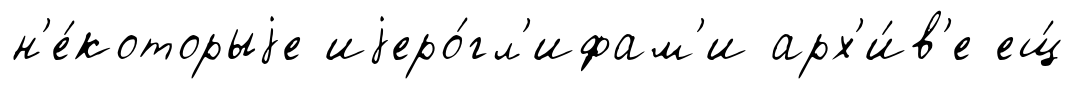
н'е́которыjе иjеро́гл'ифам'и арх'и́в'е ещ́